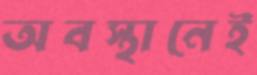
অবস্থানেই